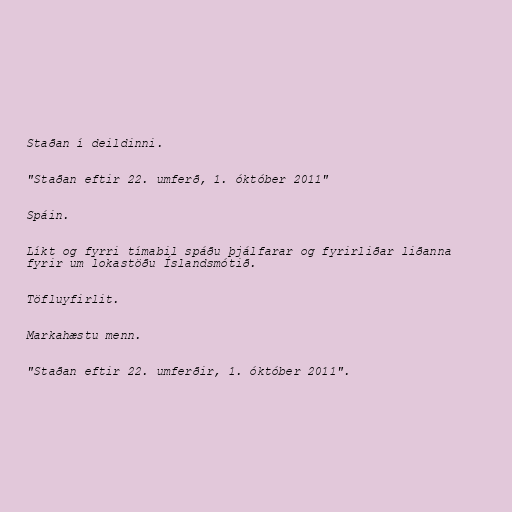
Staðan í deildinni.

"Staðan eftir 22. umferð, 1. óktóber 2011"

Spáin.

Líkt og fyrri tímabil spáðu þjálfarar og fyrirliðar liðanna
fyrir um lokastöðu Íslandsmótið.

Töfluyfirlit.

Markahæstu menn.

"Staðan eftir 22. umferðir, 1. óktóber 2011".